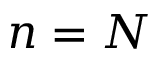
n = N